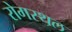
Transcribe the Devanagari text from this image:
रोगस्थल